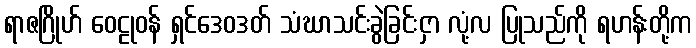
ရာဇဂြိုဟ် ဝေဠုဝန် ရှင်ဒေဝဒတ် သံဃာသင်းခွဲခြင်းငှာ လုံ့လ ပြုသည်ကို ရဟန်းတို့က